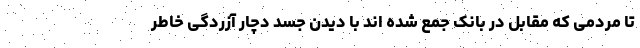
تا مردمی که مقابل در بانک جمع شده اند با دیدن جسد دچار آزردگی خاطر